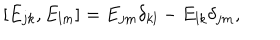
LaTeX: [ E _ { j k } , E _ { l m } ] = E _ { j m } \delta _ { k l } - E _ { l k } \delta _ { j m } ,